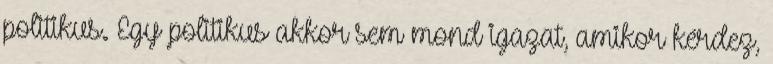
politikus. Egy politikus akkor sem mond igazat, amikor kérdez,